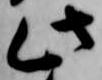
此